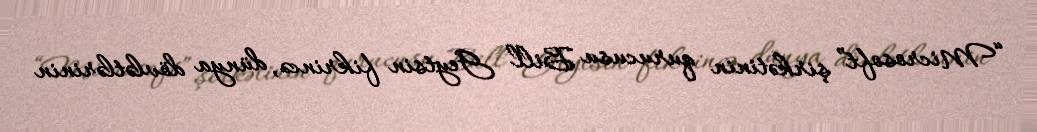
“Microsoft” şirkətinin qurucusu Bill Geytsin fikrincə, dünya dövlətlərinin